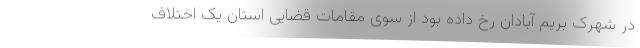
در شهرک بریم آبادان رخ داده بود از سوی مقامات قضایی استان یک اختلاف